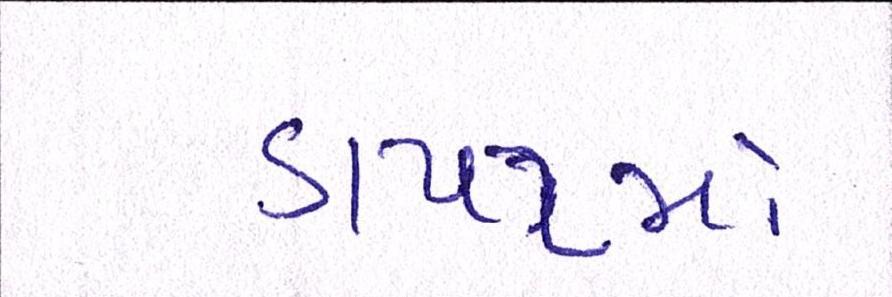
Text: ડાયટમાં